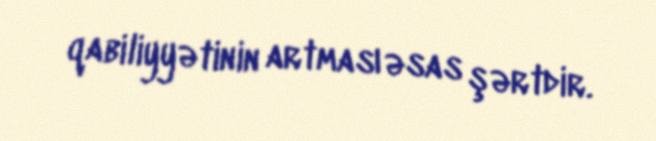
qabiliyyətinin artması əsas şərtdir.